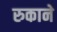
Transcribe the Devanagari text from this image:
रुकाने